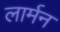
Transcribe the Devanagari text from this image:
लार्मन